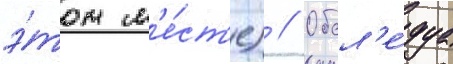
э́том м'е́ст'е) // Обсл'е́дуа